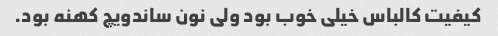
کیفیت کالباس خیلی خوب بود ولی نون ساندویچ کهنه بود.